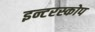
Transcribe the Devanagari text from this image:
इन्टरस्कोप